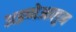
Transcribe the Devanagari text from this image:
अइप्पेआलुन